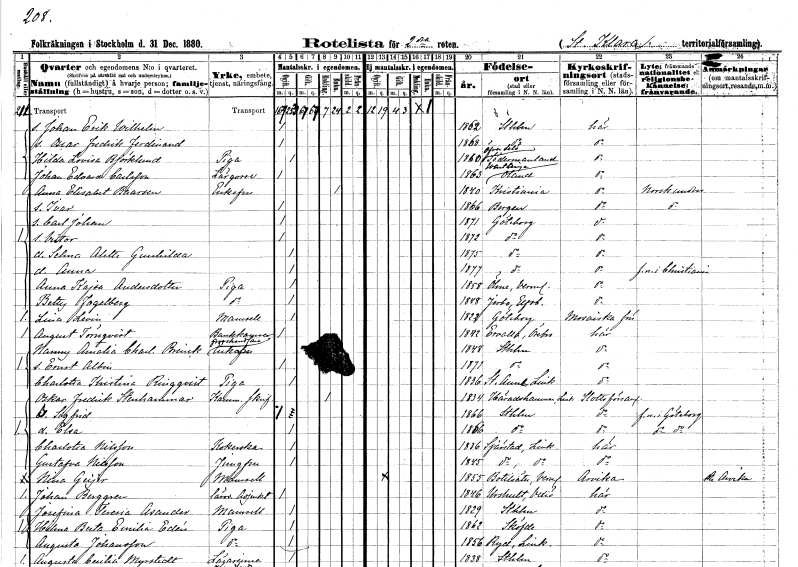
gt_parse: households: individuals: FN: Johan Erik Wilhelm
KON: M
CIV: O
FODAR: 1862
FODFORS: Stockholm
FN: Oscar Fredrik Ferdinand
KON: M
CIV: O
FODAR: 1868
FODFORS: Stockholm
FN: Hilda Lovisa
EN: Björklund
YRKE: Piga
KON: K
CIV: O
FODAR: 1860
FODFORS: Överselö Södermanlands län
FN: Johan Edvard
EN: Carlsson
YRKE: Lärgosse
KON: M
CIV: O
FODAR: 1863
FODFORS: Ventlinge Kalmar län
FN: Anna Elisabet
EN: Baarsen
KON: K
CIV: E
FODAR: 1840
FN: Ivar
KON: M
CIV: O
FODAR: 1866
FN: Carl Johan
KON: M
CIV: O
FODAR: 1871
FODFORS: Göteborg Göteborgs- och Bohuslän
FN: Victor
KON: M
CIV: O
FODAR: 1872
FODFORS: Göteborg Göteborgs- och Bohuslän
FN: Selma Alette Gunhilda
KON: K
CIV: O
FODAR: 1875
FODFORS: Göteborg Göteborgs- och Bohuslän
FN: Anna
KON: K
CIV: O
FODAR: 1877
FODFORS: Göteborg Göteborgs- och Bohuslän
FN: Anna Kajsa
EN: Andersdotter
YRKE: Piga
KON: K
CIV: O
FODAR: 1858
FODFORS: Ölme Värmlands län
FN: Betty
EN: Fogelberg
YRKE: Piga
KON: K
CIV: O
FODAR: 1848
FODFORS: Järbo Älvsborgs län
FN: Lina
EN: Levin
KON: K
CIV: O
FODAR: 1822
FODFORS: Göteborg Göteborgs- och Bohuslän
FN: August
EN: Törnqvist
YRKE: Bankkamrer
KON: M
CIV: O
FODAR: 1842
FODFORS: Ervalla Örebro län
FN: Nanny Amalia Charlotta
EN: Brinck
YRKE: Grosshandlareänka
KON: K
CIV: E
FODAR: 1848
FODFORS: Stockholm
FN: Ernst Albin
KON: M
CIV: O
FODAR: 1871
FODFORS: Stockholm
FN: Charlotta Kristina
EN: Ringqvist
YRKE: Piga
KON: K
CIV: O
FODAR: 1836
FODFORS: Sankt Anna Östergötlands län
FN: Oskar Fredrik
EN: Stenhammar
YRKE: Kammarskrivare
KON: M
CIV: E
FODAR: 1834
FODFORS: Häradshammar Östergötlands län
FN: Sigfrid
KON: M
CIV: O
FODAR: 1866
FODFORS: Stockholm
FN: Elsa
KON: K
CIV: O
FODAR: 1866
FODFORS: Stockholm
FN: Charlotta
EN: Nilsson
YRKE: Kokerska
KON: K
CIV: O
FODAR: 1836
FODFORS: Tjärstad Östergötlands län
FN: Gustafva
EN: Nilsson
YRKE: Jungfru
KON: K
CIV: O
FODAR: 1845
FODFORS: Tjärstad Östergötlands län
FN: Nina
EN: Geijer
KON: K
CIV: O
FODAR: 1855
FODFORS: Botilsäter Värmlands län
FN: Johan
EN: Berggren
YRKE: Läroverksadjunkt
KON: M
CIV: O
FODAR: 1846
FODFORS: Urshult Kronobergs län